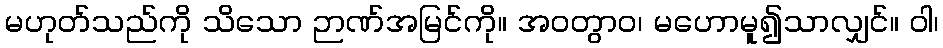
မဟုတ်သည်ကို သိသော ဉာဏ်အမြင်ကို။ အဝတွာဝ၊ မဟောမူ၍သာလျှင်။ ဝါ၊